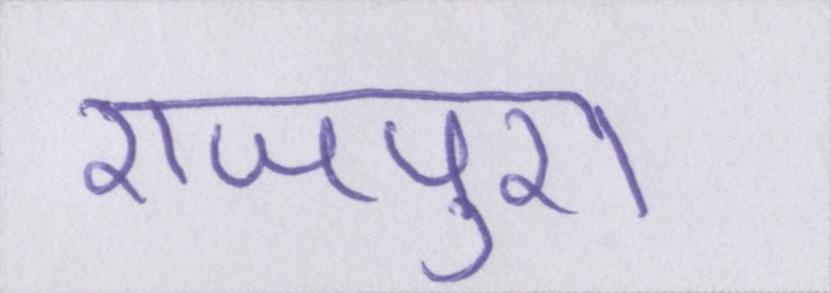
राजपुरा